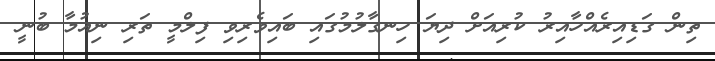
ތިން ގަޑިއިރެއްހާއިރު ކުރިއަށް ދިޔަ ހިނގާލުމުގައި ބައިވެރިވި ފިލްމީ ތަރި ނިއުމާ ބުނީ